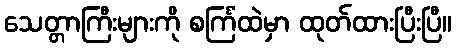
သေတ္တာကြီးများကို စင်္ကြံထဲမှာ ထုတ်ထားပြီးပြီ။